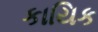
કાયિક